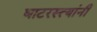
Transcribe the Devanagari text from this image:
घाटरस्त्यांनी